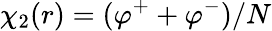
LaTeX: \chi_{2}(r)=(\varphi^{+}+\varphi^{-})/N